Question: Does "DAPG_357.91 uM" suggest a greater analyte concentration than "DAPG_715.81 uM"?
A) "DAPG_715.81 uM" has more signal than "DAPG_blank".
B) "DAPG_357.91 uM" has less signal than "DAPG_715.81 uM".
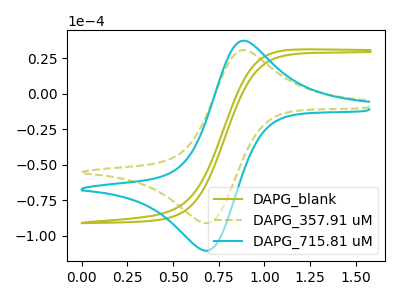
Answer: <think>The olive curve "DAPG_blank" has no peaks. The olive dashed curve "DAPG_357.91 uM" has an anodic peak at (0.90V, 30.80uA) and a cathodic peak at (0.70V, -91.15uA). The cyan curve "DAPG_715.81 uM" has an anodic peak at (0.90V, 37.35uA) and a cathodic peak at (0.70V, -110.65uA).
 All the peaks in "DAPG_357.91 uM" have a peak in "DAPG_715.81 uM" at the same potential. Every peak in "DAPG_357.91 uM" is lower than every peak in "DAPG_715.81 uM".</think>
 <answer>B) "DAPG_357.91 uM" has less signal than "DAPG_715.81 uM".</answer>
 <eval>B</eval>